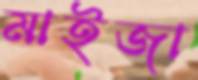
মাইজা